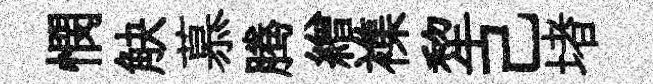
憫觖慕腾繒襍犂己堵